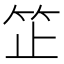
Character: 䇛